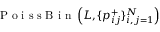
\mathrm { ~ P ~ o ~ i ~ s ~ s ~ B ~ i ~ n ~ } \left( L , \{ p _ { i j } ^ { + } \} _ { i , j = 1 } ^ { N } \right)